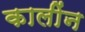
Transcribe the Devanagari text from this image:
कालींन